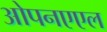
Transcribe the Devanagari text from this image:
ओपनएएल